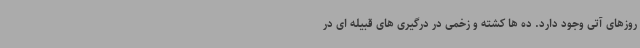
روزهای آتی وجود دارد. ده ها کشته و زخمی در درگیری های قبیله ای در